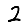
Digit: 2